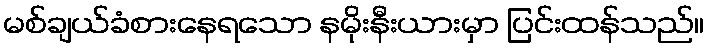
မစ်ချယ်ခံစားနေရသော နမိုးနီးယားမှာ ပြင်းထန်သည်။